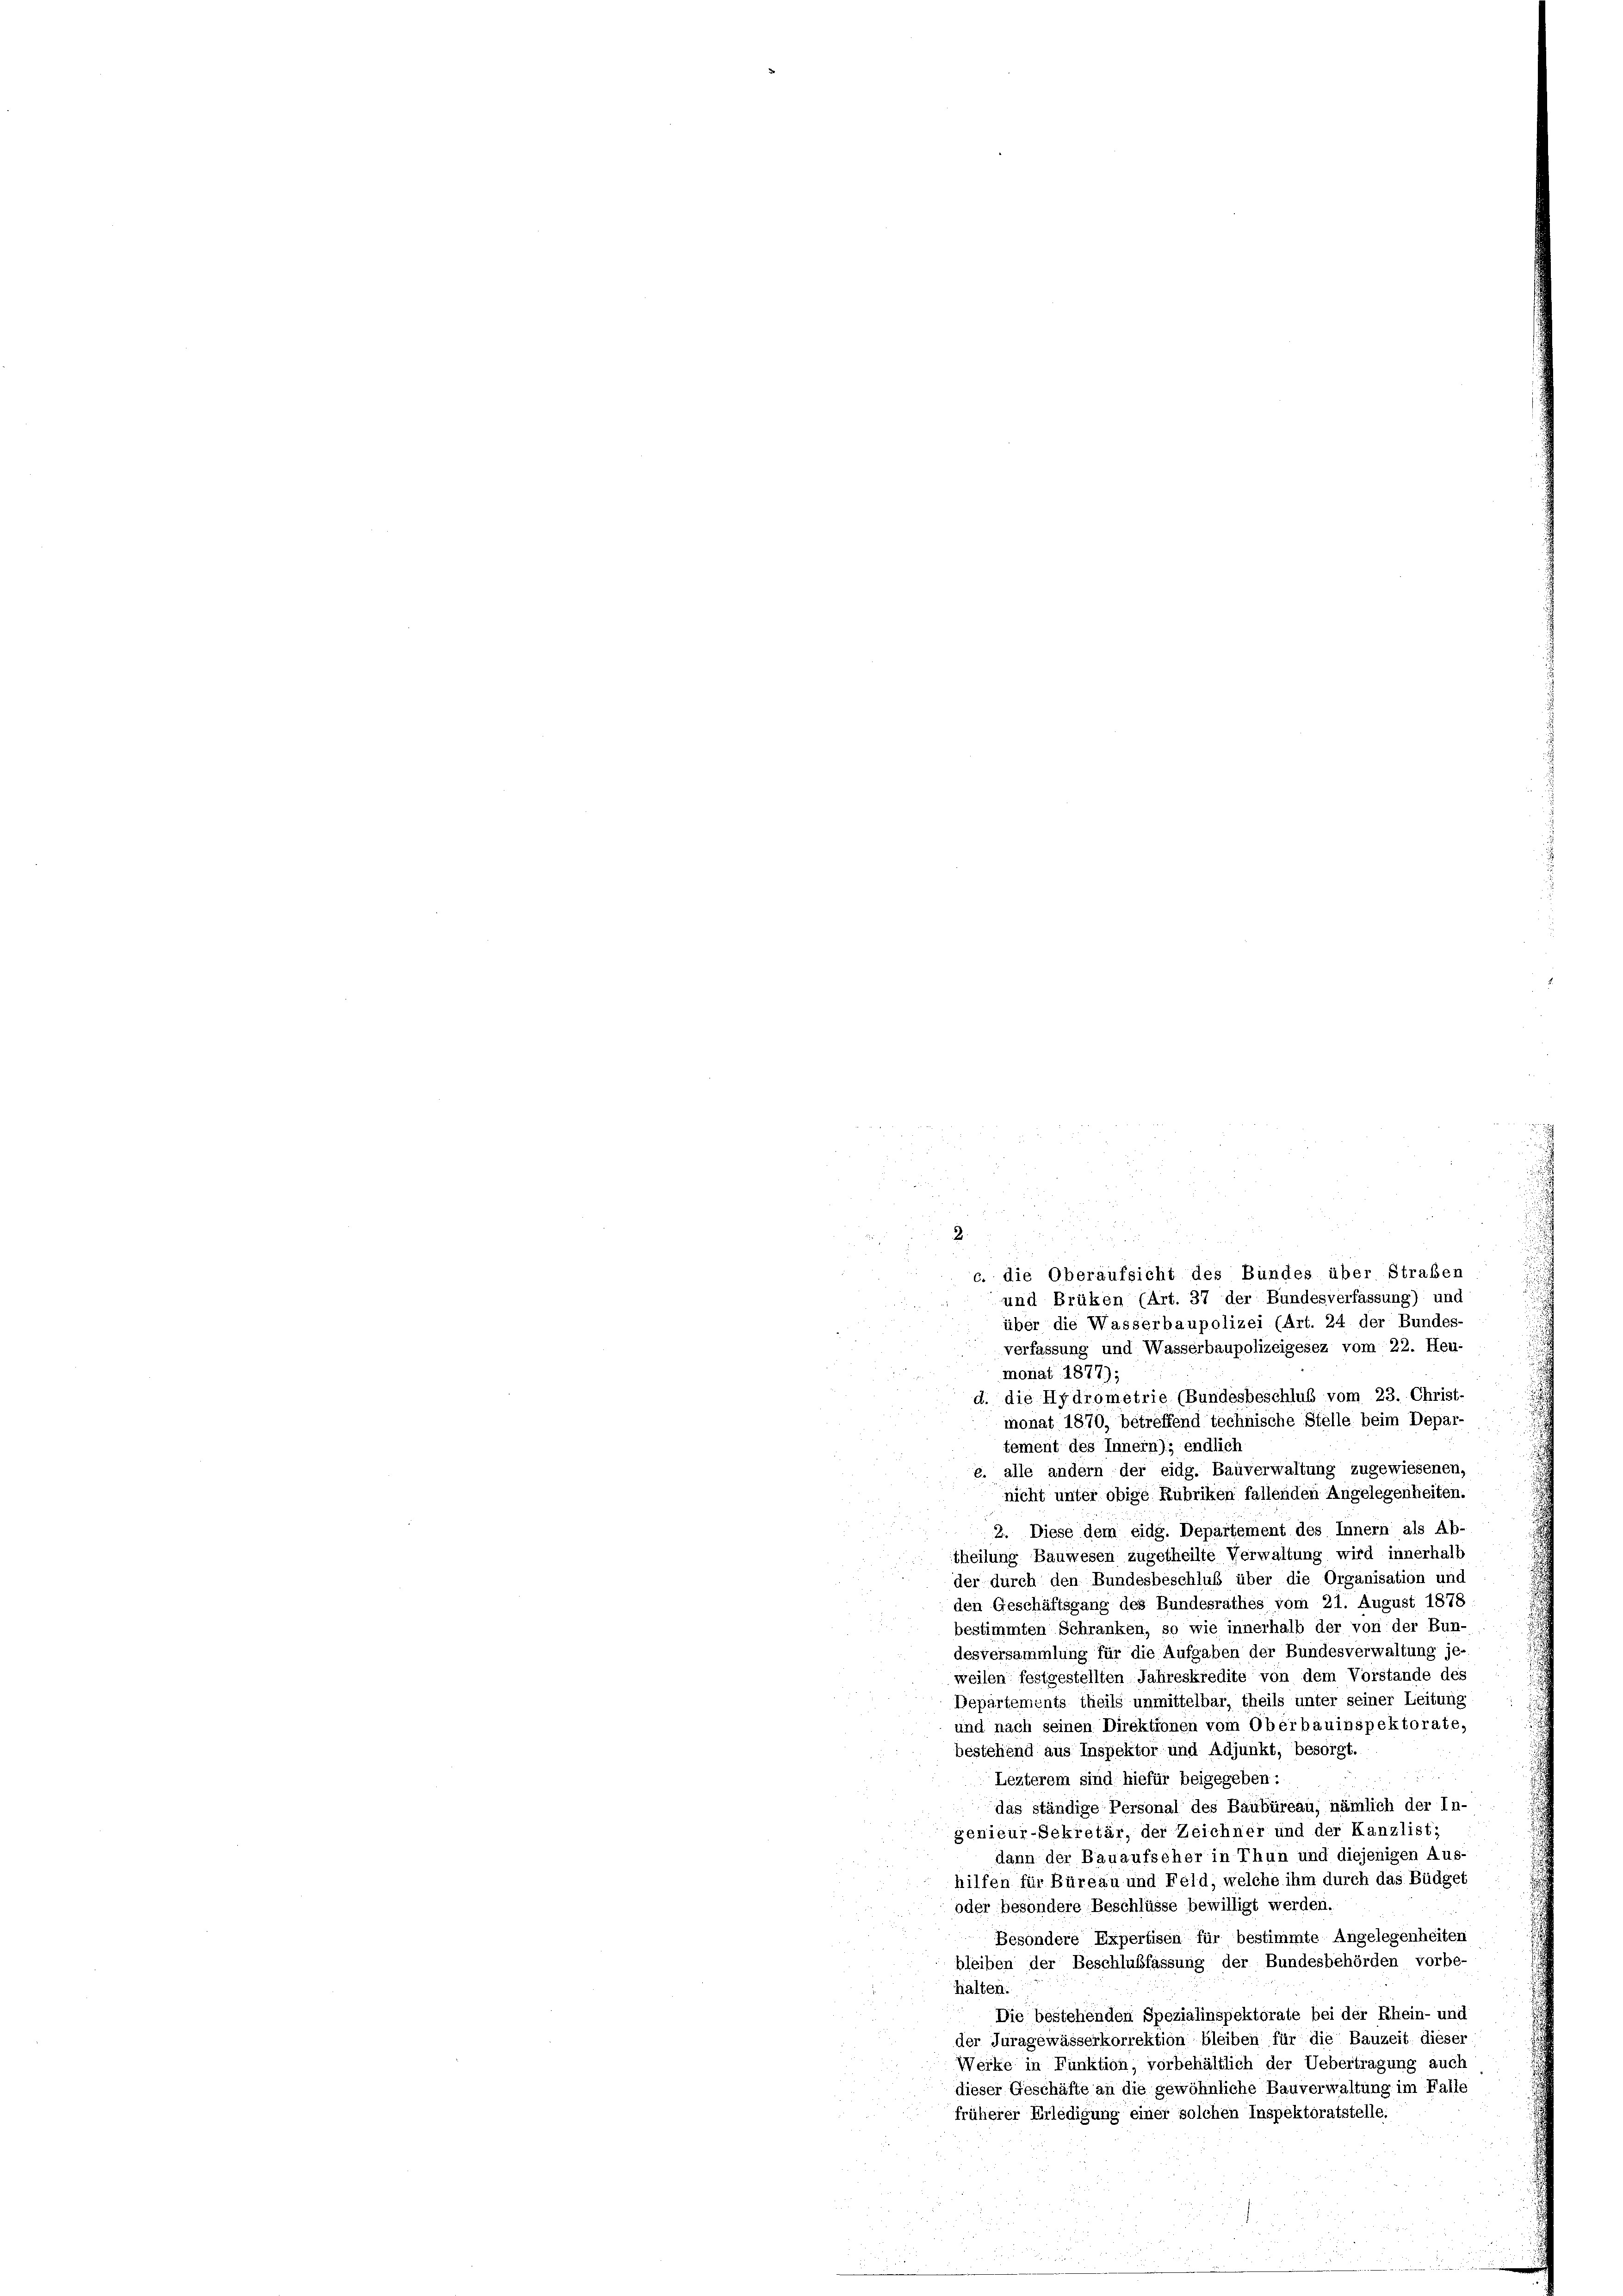
2

c. die Oberaufsicht des Bundes über Straßen

und Brüken (Art. 37 der Bundesverfassung) und
über die Wasserbaupolizei (Art. 24 der Bundes-
verfassung und Wasserbaupolizeigesez vom 22. Heu-
monat 1877);
d. die Hydrometrie (Bundesbeschluß vom 23. Christ-
monat 1870, betreffend technische Stelle beim Depar-
tement des Innern); endlich
e. alle andern der eidg. Bauverwaltung zugewiesenen,
nicht unter obige Rubriken fallenden Angelegenheiten.
2. Diese dem eidg. Departement des Innern als Ab-
theilung Bauwesen zugetheilte Verwaltung wird innerhalb
der durch den Bundesbeschluß über die Organisation und
den Geschäftsgang des Bundesrathes vom 21. August 1878.
bestimmten Schranken, so wie innerhalb der von der Bun-
desversammlung für die Aufgaben der Bundesverwaltung je-
weilen festgestellten Jahreskredite von dem Vorstande des
Departements theils unmittelbar, theils unter seiner Leitung
und nach seinen Direktionen vom Oberbauinspektorate,
bestehend aus Inspektor und Adjunkt, besorgt.
u
Lezterem sind hiefür beigegeben:
das ständige Personal des Baubüreau, nämlich der In-
genieur-Sekretär, der Zeichner und der Kanzlist;
dann der Bauaufscher in Thun und diejenigen Aus-
hilfen für Büreau und Feld, welche ihm durch das Büdget
oder besondere Beschlüsse bewilligt werden.
Besondere Expertisen für bestimmte Angelegenheiten
bleiben der Beschlußfassung der Bundesbehörden vorbe-
halten.
Die bestehenden Spezialinspektorate bei der Rhein- und
der Juragewässerkorrektion bleiben für die Bauzeit dieser
Werke in Funktion, vorbehältlich der Uebertragung auch
dieser Geschäfte an die gewöhnliche Bauverwaltung im Falle
früherer Erledigung einer solchen Inspektoratstelle.